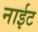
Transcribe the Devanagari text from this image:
नाईट